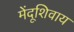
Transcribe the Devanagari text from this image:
मेंदूशिवाय